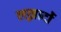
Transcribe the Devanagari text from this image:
लख्नादों